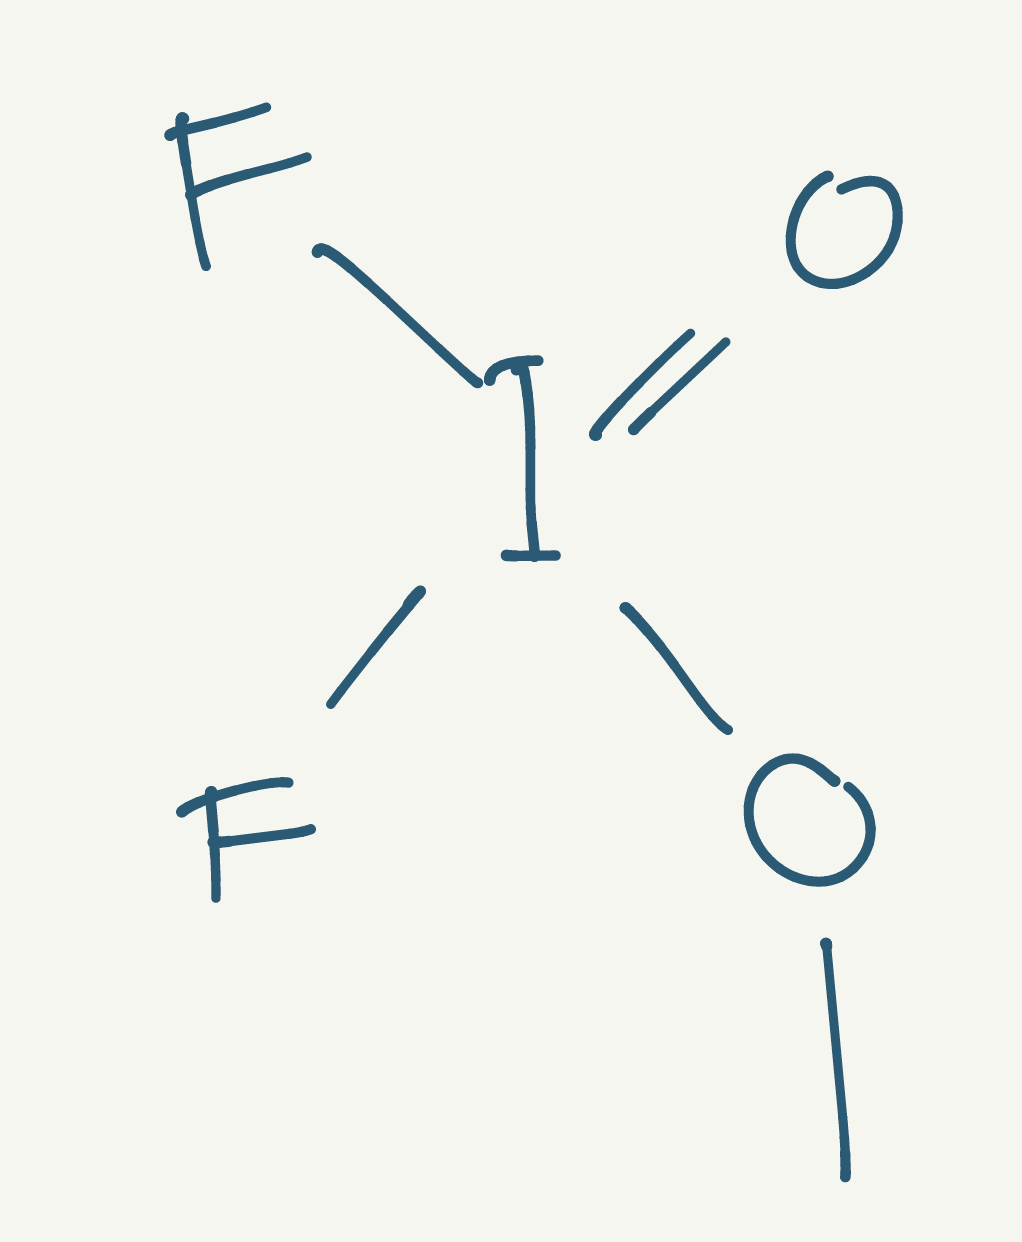
Simplified molecular-input line-entry system (SMILES) notation of the given molecule:
COI(=O)(F)F